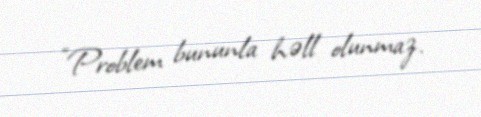
“Problem bununla həll olunmaz.